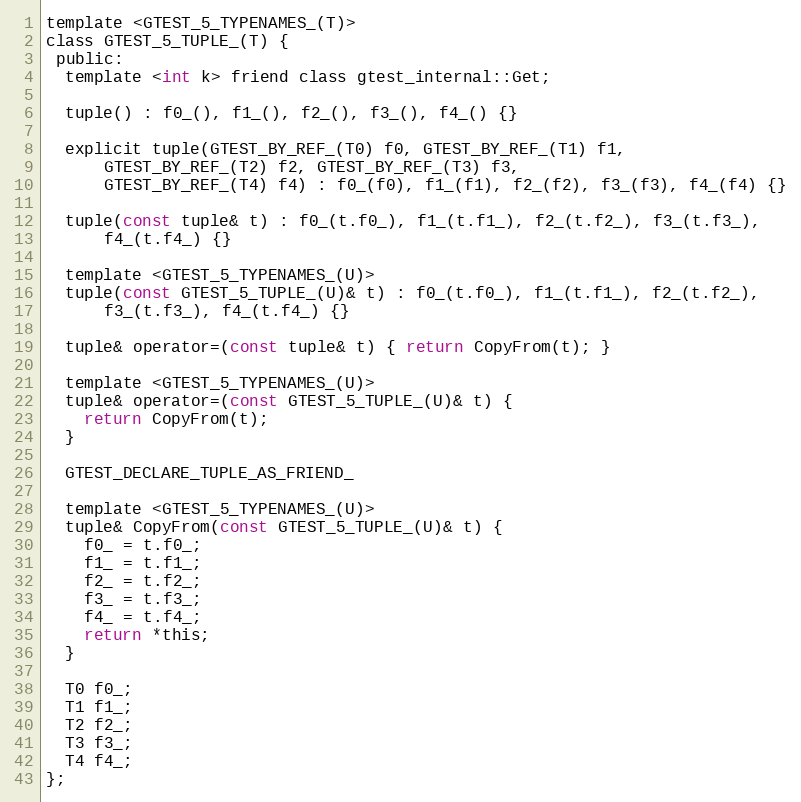
Language: C
template <GTEST_5_TYPENAMES_(T)>
class GTEST_5_TUPLE_(T) {
 public:
  template <int k> friend class gtest_internal::Get;

  tuple() : f0_(), f1_(), f2_(), f3_(), f4_() {}

  explicit tuple(GTEST_BY_REF_(T0) f0, GTEST_BY_REF_(T1) f1,
      GTEST_BY_REF_(T2) f2, GTEST_BY_REF_(T3) f3,
      GTEST_BY_REF_(T4) f4) : f0_(f0), f1_(f1), f2_(f2), f3_(f3), f4_(f4) {}

  tuple(const tuple& t) : f0_(t.f0_), f1_(t.f1_), f2_(t.f2_), f3_(t.f3_),
      f4_(t.f4_) {}

  template <GTEST_5_TYPENAMES_(U)>
  tuple(const GTEST_5_TUPLE_(U)& t) : f0_(t.f0_), f1_(t.f1_), f2_(t.f2_),
      f3_(t.f3_), f4_(t.f4_) {}

  tuple& operator=(const tuple& t) { return CopyFrom(t); }

  template <GTEST_5_TYPENAMES_(U)>
  tuple& operator=(const GTEST_5_TUPLE_(U)& t) {
    return CopyFrom(t);
  }

  GTEST_DECLARE_TUPLE_AS_FRIEND_

  template <GTEST_5_TYPENAMES_(U)>
  tuple& CopyFrom(const GTEST_5_TUPLE_(U)& t) {
    f0_ = t.f0_;
    f1_ = t.f1_;
    f2_ = t.f2_;
    f3_ = t.f3_;
    f4_ = t.f4_;
    return *this;
  }

  T0 f0_;
  T1 f1_;
  T2 f2_;
  T3 f3_;
  T4 f4_;
};